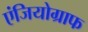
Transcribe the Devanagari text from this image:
एंजियोग्राफ